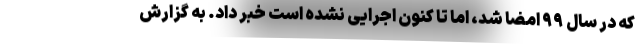
که در سال ۹۹ امضا شد، اما تا کنون اجرایی نشده است خبر داد. به گزارش